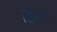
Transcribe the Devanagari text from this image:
डिमार्च